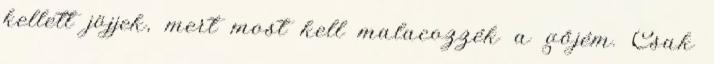
kellett jöjjek, mert most kell malacozzék a gőjém. Csak